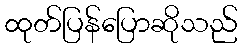
ထုတ်ပြန်ပြောဆိုသည်